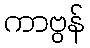
ကာဗွန်